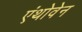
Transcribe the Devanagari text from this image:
एंथोवेन